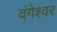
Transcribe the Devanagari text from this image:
वंगेश्‍वर